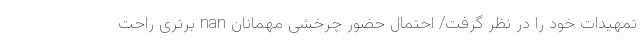
تمهیدات خود را در نظر گرفت/ احتمال حضور چرخشی مهمانان nan برتری راحت